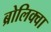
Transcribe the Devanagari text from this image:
ब्रोलिक्वा